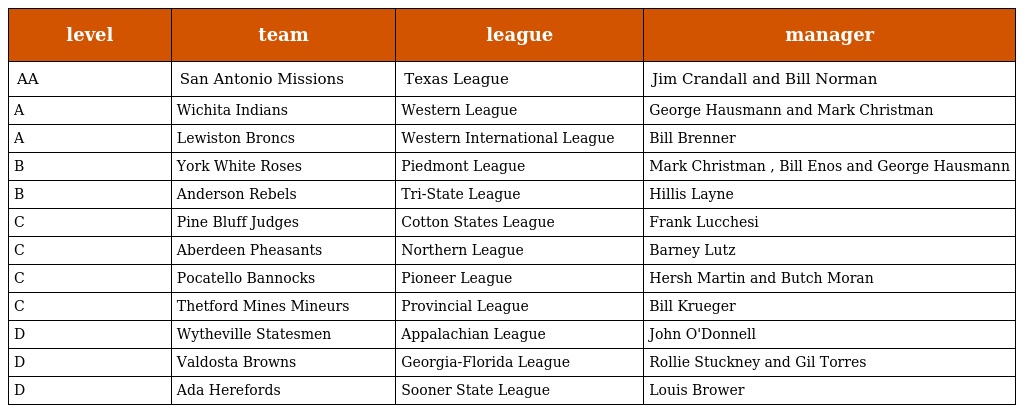
| level | team | league | manager |
 | --- | --- | --- | --- |
 | AA | San Antonio Missions | Texas League | Jim Crandall and Bill Norman |
 | A | Wichita Indians | Western League | George Hausmann and Mark Christman |
 | A | Lewiston Broncs | Western International League | Bill Brenner |
 | B | York White Roses | Piedmont League | Mark Christman , Bill Enos and George Hausmann |
 | B | Anderson Rebels | Tri-State League | Hillis Layne |
 | C | Pine Bluff Judges | Cotton States League | Frank Lucchesi |
 | C | Aberdeen Pheasants | Northern League | Barney Lutz |
 | C | Pocatello Bannocks | Pioneer League | Hersh Martin and Butch Moran |
 | C | Thetford Mines Mineurs | Provincial League | Bill Krueger |
 | D | Wytheville Statesmen | Appalachian League | John O'Donnell |
 | D | Valdosta Browns | Georgia-Florida League | Rollie Stuckney and Gil Torres |
 | D | Ada Herefords | Sooner State League | Louis Brower |